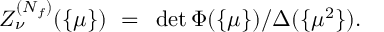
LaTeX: { \cal Z } _ { \nu } ^ { ( N _ { f } ) } ( \{ \mu \} ) ~ = ~ \operatorname * { d e t } \Phi ( \{ \mu \} ) / \Delta ( \{ \mu ^ { 2 } \} ) .